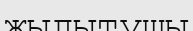
жылытушы